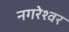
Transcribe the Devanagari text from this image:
नगरेश्वर